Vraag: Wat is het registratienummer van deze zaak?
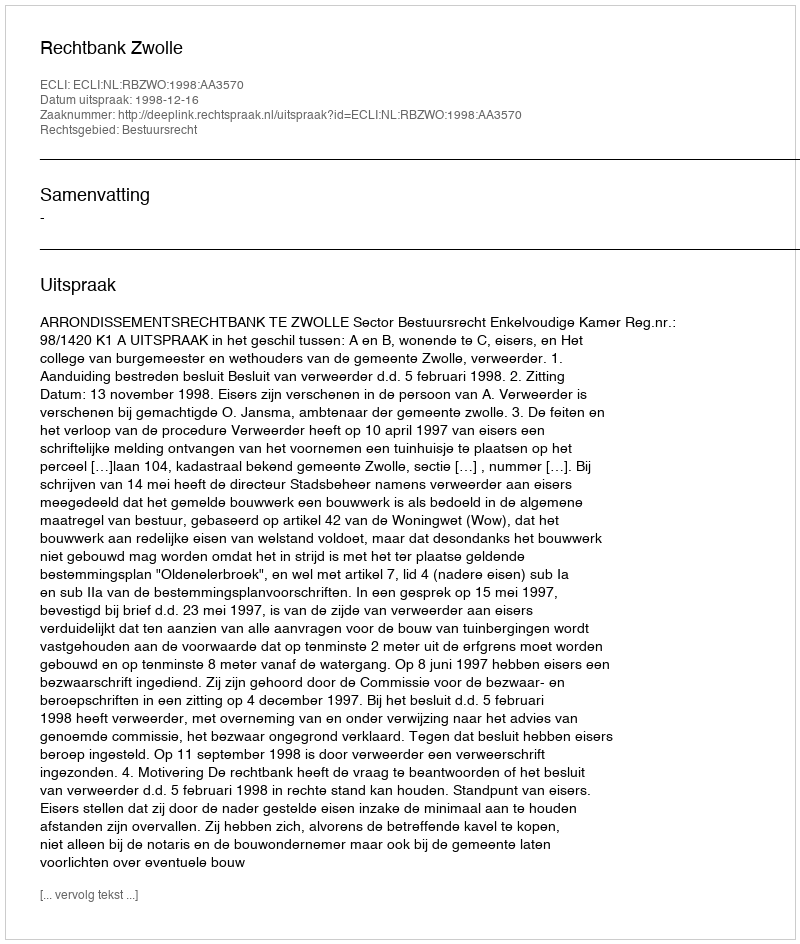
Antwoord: http://deeplink.rechtspraak.nl/uitspraak?id=ECLI:NL:RBZWO:1998:AA3570